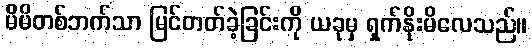
မိမိတစ်ဘက်သာ မြင်တတ်ခဲ့ခြင်းကို ယခုမှ ရှက်နိုးမိလေသည်။